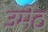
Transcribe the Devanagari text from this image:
उमेठ